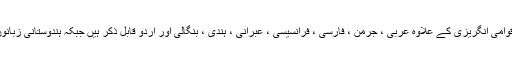
اس وقت ٹویٹر دنیا کی 48 زبانوں میں اپنی خدمات فراہم کر رہا ہے جس میں بین الاقوامی انگریزی کے علاوہ عربی ، جرمن ، فارسی ، فرانسیسی ، عبرانی ، ہندی ، بنگالی اور اردو قابل ذکر ہیں جبکہ ہندوستانی زبانوں کا تذکرہ کریں تو ٹویٹر مراٹھی’ہندی’بنگالی’گجراتی’تمل اور کناڈا میں دستیاب ہے۔